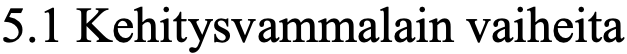
5.1 Kehitysvammalain vaiheita